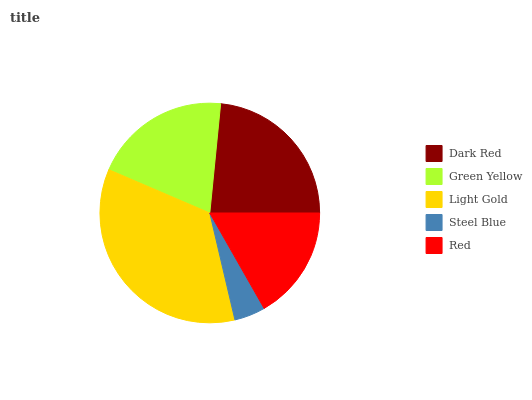
| Dark Red | Green Yellow | Light Gold | Steel Blue | Red |
 | --- | --- | --- | --- | --- |
 | 23.4% | 20.1% | 35.2% | 4.57% | 16.7% |